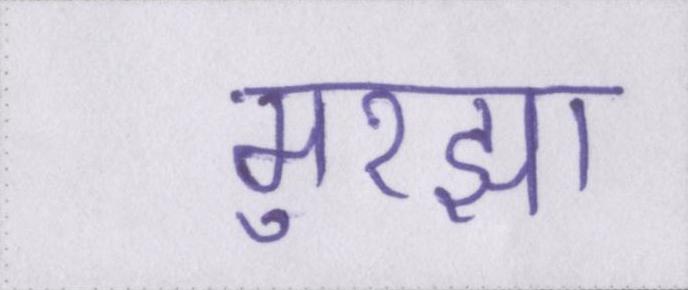
मुरझा